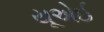
યૂએઈ